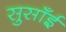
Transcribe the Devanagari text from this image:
सुसाँई